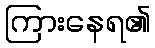
ကြားနေရ၏